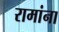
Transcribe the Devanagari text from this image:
रामांना